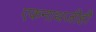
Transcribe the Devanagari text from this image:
एकनाथजीही